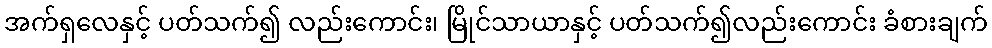
အက်ရှလေနှင့် ပတ်သက်၍ လည်းကောင်း၊ မြိုင်သာယာနှင့် ပတ်သက်၍လည်းကောင်း ခံစားချက်